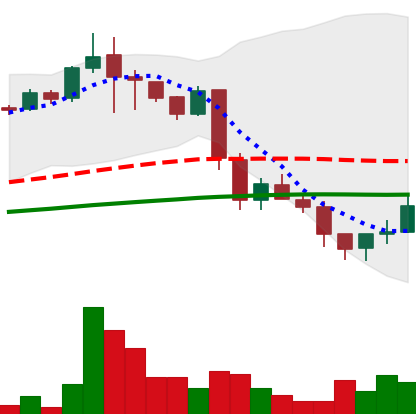
Ticker: LINK-USD
Chart end date: 2018-11-28
Forward return: -12.966%
Label: down_7plus